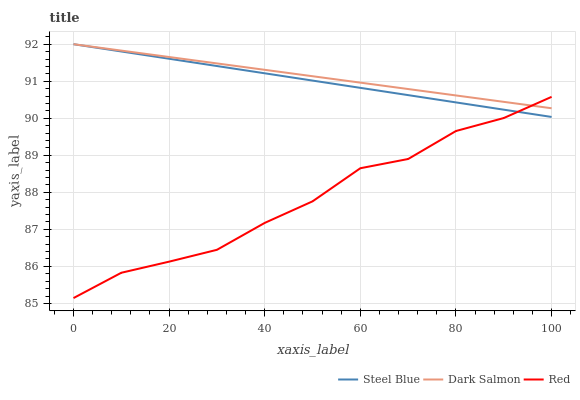
| xaxis_label | Steel Blue | Dark Salmon | Red |
 | --- | --- | --- | --- |
 | 0 | 92 | 92 | 85.1 |
 | 10 | 91.8 | 91.8 | 85.8 |
 | 20 | 91.6 | 91.7 | 86.1 |
 | 30 | 91.4 | 91.5 | 86.4 |
 | 40 | 91.2 | 91.3 | 87.2 |
 | 50 | 91 | 91.1 | 87.8 |
 | 60 | 90.8 | 91 | 88.7 |
 | 70 | 90.6 | 90.8 | 88.9 |
 | 80 | 90.4 | 90.6 | 89.7 |
 | 90 | 90.2 | 90.4 | 90 |
 | 100 | 90 | 90.3 | 90.6 |